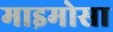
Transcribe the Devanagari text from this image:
माइमोसा